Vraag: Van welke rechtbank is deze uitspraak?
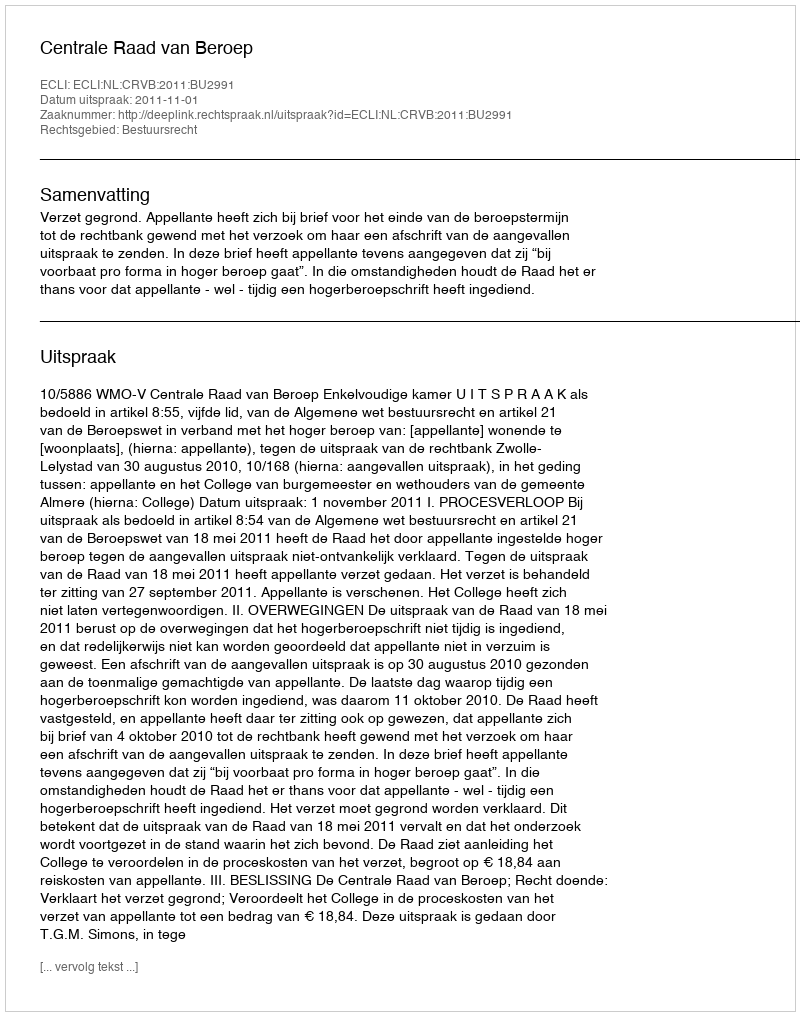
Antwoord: Centrale Raad van Beroep